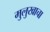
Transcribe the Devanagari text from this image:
मुलुखाचा